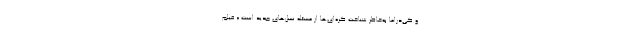
و کی‌دراما به‌خاطر شناخت کره‌ای‌ها از مسئله نسل‌های جدید است.« فیلم